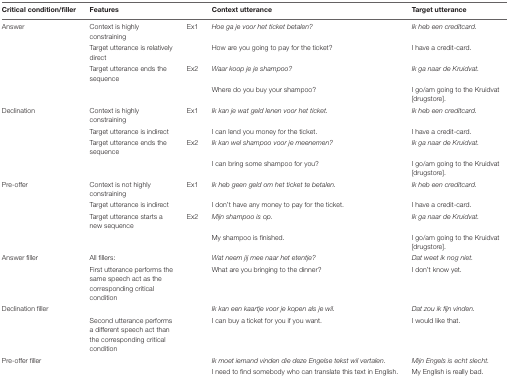
| Critical condition/filler | Features |  | Context utterance | Target utterance |
 | --- | --- | --- | --- | --- |
 | Answer | Context is highly constraining | Ex1 | Hoe ga je voor het ticket betalen? | Ik heb een creditcard. |
 |  | Target utterance is relatively direct |  | How are you going to pay for the ticket? | I have a credit-card. |
 |  | Target utterance ends the sequence | Ex2 | Waar koop je je shampoo? | Ik ga naar de Kruidvat. |
 |  |  |  | Where do you buy your shampoo? | I go/am going to the Kruidvat [drugstore]. |
 | Declination | Context is highly constraining | Ex1 | Ik kan je wat geld lenen voor het ticket. | Ik heb een creditcard. |
 |  | Target utterance is indirect |  | I can lend you money for the ticket. | I have a credit-card. |
 |  | Target utterance ends the sequence | Ex2 | Ik kan wel shampoo voor je meenemen? | Ik ga naar de Kruidvat. |
 |  |  |  | I can bring some shampoo for you? | I go/am going to the Kruidvat [drugstore]. |
 | Pre-offer | Context is not highly constraining | Ex1 | Ik heb geen geld om het ticket te betalen. | Ik heb een creditcard. |
 |  | Target utterance is indirect |  | I don’t have any money to pay for the ticket. | I have a credit-card. |
 |  | Target utterance starts a new sequence | Ex2 | Mijn shampoo is op. | Ik ga naar de Kruidvat. |
 |  |  |  | My shampoo is finished. | I go/am going to the Kruidvat [drugstore]. |
 | Answer filler | All fillers: |  | Wat neem jij mee naar het etentje? | Dat weet ik nog niet. |
 |  | First utterance performs the same speech act as the corresponding critical condition |  | What are you bringing to the dinner? | I don’t know yet. |
 | Declination filler |  |  | Ik kan een kaartje voor je kopen als je wil. | Dat zou ik fijn vinden. |
 |  | Second utterance performs a different speech act than the corresponding critical condition |  | I can buy a ticket for you if you want. | I would like that. |
 | Pre-offer filler |  |  | Ik moet iemand vinden die deze Engelse tekst wil vertalen. | Mijn Engels is echt slecht. |
 |  |  |  | I need to find somebody who can translate this text in English. | My English is really bad. |